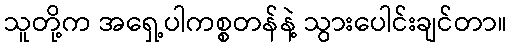
သူတို့က အရှေ့ပါကစ္စတန်နဲ့ သွားပေါင်းချင်တာ။